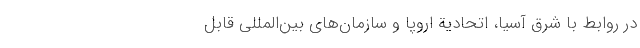
در روابط با شرق آسیا، اتحادیة اروپا و سازمان­های بین­المللی قابل